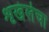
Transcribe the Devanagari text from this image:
शृखंलेचा